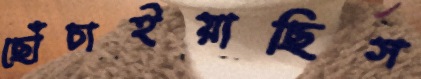
ছোঁচাইয়াছিস